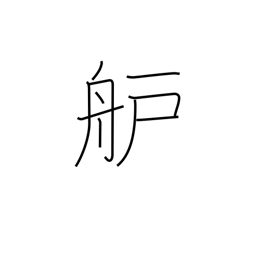
Meaning: bow or prow of boat